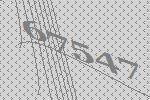
67547